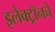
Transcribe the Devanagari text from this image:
इलेक्ट्रॉनचे